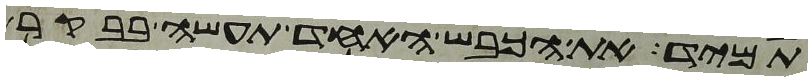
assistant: תמיד את הכבש האחד תעשה בבקר